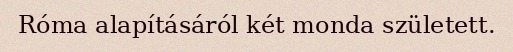
Róma alapításáról két monda született.